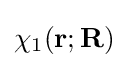
\chi _{1}(\mathbf {r} ;\mathbf {R} )